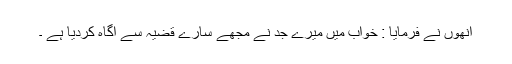
انھوں نے فرمایا : خواب میں میرے جد نے مجھے سارے قضیہ سے آگاہ کردیا ہے ۔